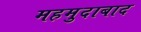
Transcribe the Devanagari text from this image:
महमुदाबाद